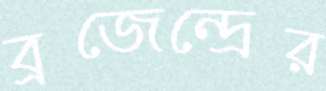
ব্রজেন্দ্রের